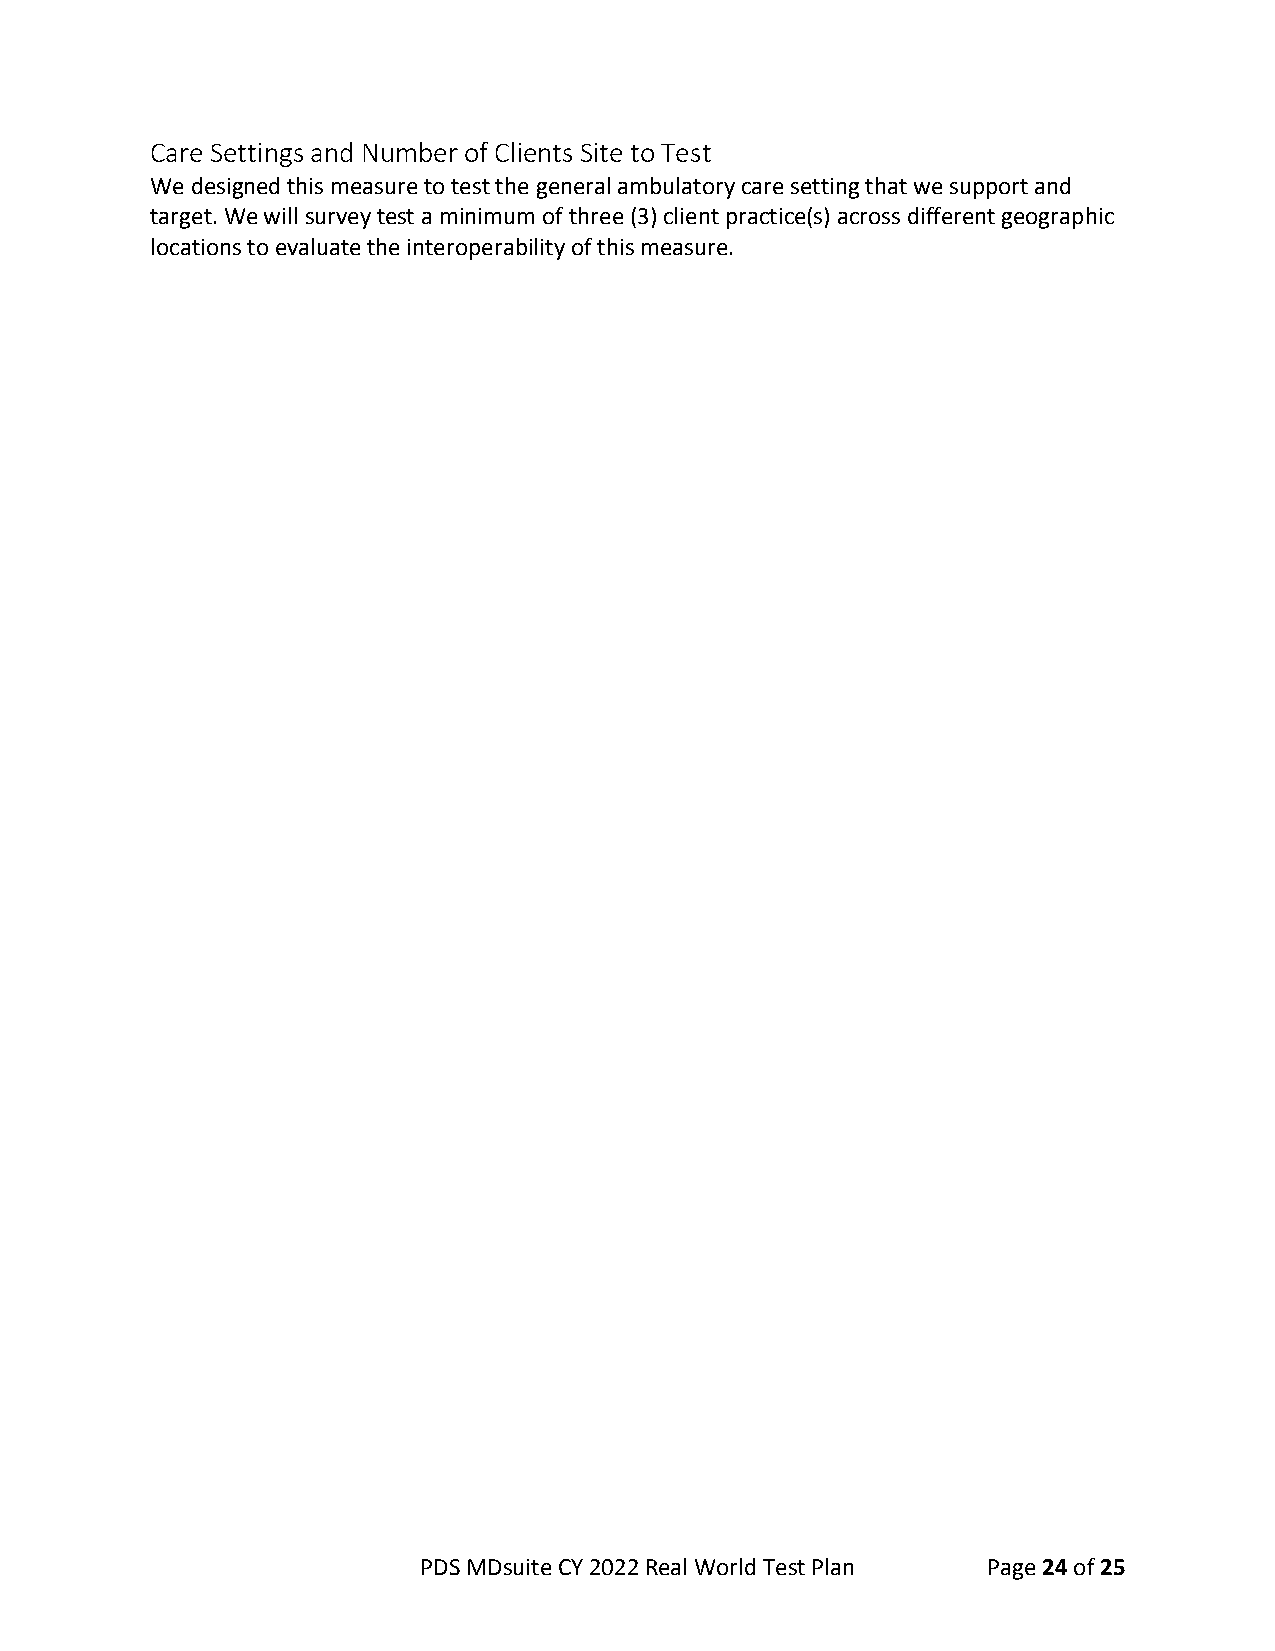
Care Settings and Number of Clients Site to Test
 We designed this measure to test the general ambulatory care setting that we support and
 target. We will survey test a minimum of three (3) client practice(s) across different geographic
 locations to evaluate the interoperability of this measure.
 PDS MDsuite CY 2022 Real World Test Plan Page 24 of 25